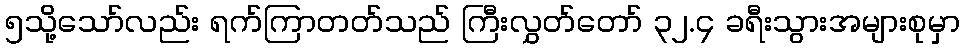
၅သို့သော်လည်း ရက်ကြာတတ်သည် ကြီးလွှတ်တော် ၃၂.၄ ခရီးသွားအများစုမှာ